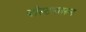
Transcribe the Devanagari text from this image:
बोस्टनवरून